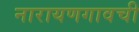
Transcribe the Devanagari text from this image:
नारायणगावची